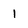
Character: 1